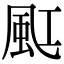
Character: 䫹